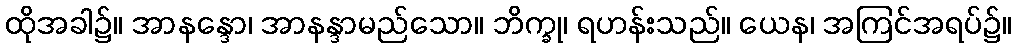
ထိုအခါ၌။ အာနန္ဒော၊ အာနန္ဒာမည်သော။ ဘိက္ခု၊ ရဟန်းသည်။ ယေန၊ အကြင်အရပ်၌။